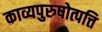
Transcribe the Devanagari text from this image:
काव्यपुरुषोत्पत्ति